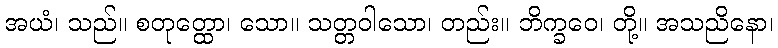
အယံ၊ သည်။ စတုတ္ထော၊ သော။ သတ္တဝါသော၊ တည်း။ ဘိက္ခဝေ၊ တို့။ အသညိနော၊